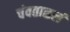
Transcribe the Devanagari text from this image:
चंवताळलं